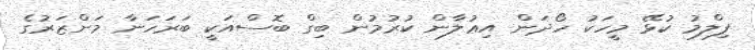
ފިލްމު ކުޅޭ މީހަކު ހޯދަން އިޢުލާން ކުރުމުން ބިގް ބޮސްއަކީ ބަރަހަނާ މަންޒަރުގެ